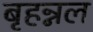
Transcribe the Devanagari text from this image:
बृहन्नल